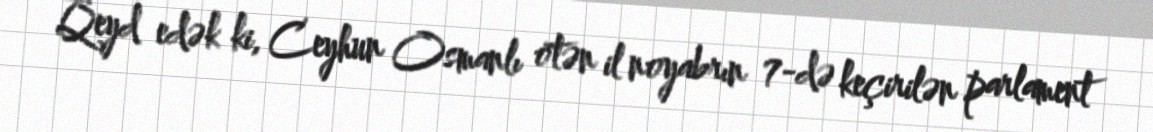
Qeyd edək ki, Ceyhun Osmanlı ötən il noyabrın 7-də keçirilən parlament